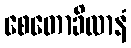
စေတောခိလာနံ